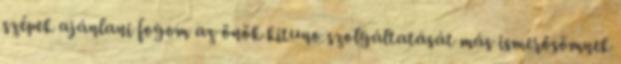
szépek ajánlani fogom az önök kituno szolgáltatását más ismerősömnek